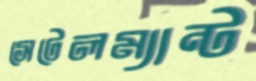
সেটেলম্যান্ট